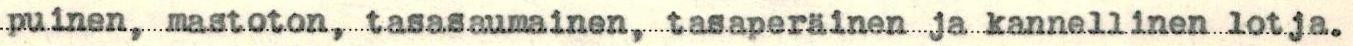
puinen, mastoton, tasasaumainen, tasaperäinen ja kannellinen lotja.